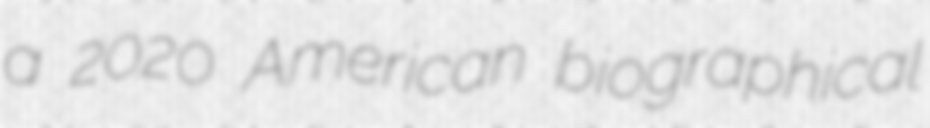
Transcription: a 2020 American biographical